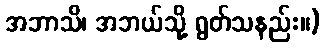
အဘာသိ၊ အဘယ်သို့ ရွတ်သနည်း။)